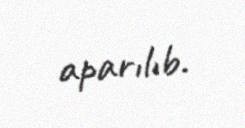
aparılıb.